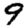
Digit: 9